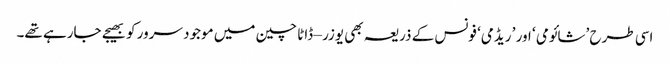
اسی طرح ’شائومی ‘ اور ’ ریڈمی‘ فونس کے ذریعہ بھی یوزر – ڈاٹا چین میں موجود سرور کو بھیجے جارہے تھے۔